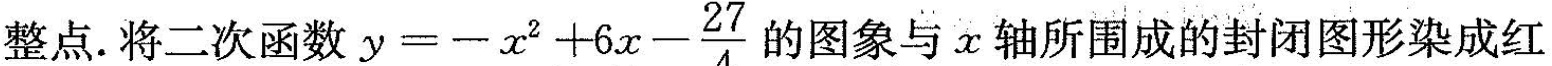
整点。将二次函数y $$y = - x^{2} + 6 x - \frac{27}{4}$$ 的图象与x轴所围成的封闭图形染成红